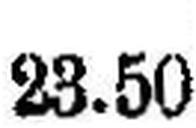
23.50